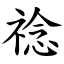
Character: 䄒